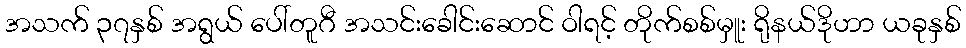
အသက် ၃၇နှစ် အရွယ် ပေါ်တူဂီ အသင်းခေါင်းဆောင် ဝါရင့် တိုက်စစ်မှူး ရိုနယ်ဒိုဟာ ယခုနှစ်